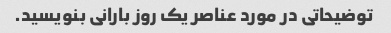
توضیحاتی در مورد عناصر یک روز بارانی بنویسید.